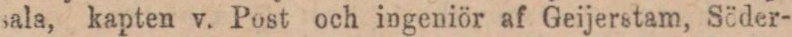
sala, kapten v. Post och ingeniör af Geijerstam, Söder-